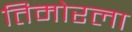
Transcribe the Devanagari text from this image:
तिमोरला